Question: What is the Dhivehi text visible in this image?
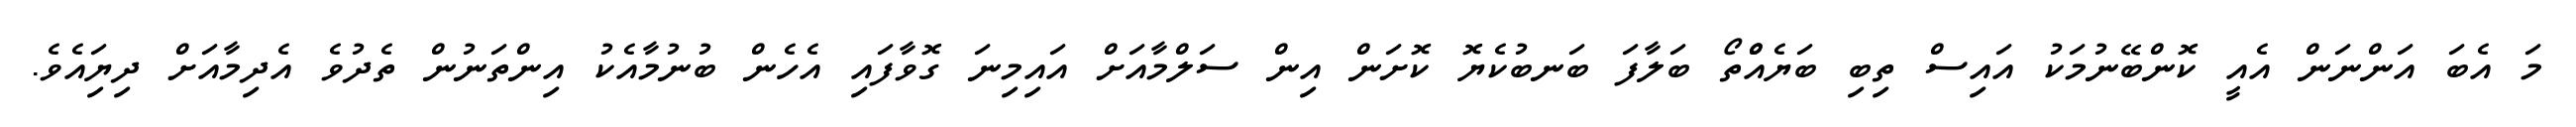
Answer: މަ އެބަ އަންނަން އެއީ ކޮންބޭނުމަކު އައިސް ތިބި ބަޔެއްްތޯ ބަލާފަ ބަނބުކެޔޮ ކޮށަން އިން ސަލްމާއަށް އައިމިނަ ގޮވާފައި އެހެން ބުނުމާއެކު އިންތަނުން ތެދުވެ އެދިމާއަށް ދިޔިައެވެ.